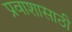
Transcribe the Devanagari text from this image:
प्रवाशासाठी